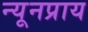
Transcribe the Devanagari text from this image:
न्यूनप्राय